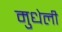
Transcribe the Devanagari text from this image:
मुधेली